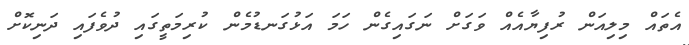
އެތައް މިލިއަން ރުފިޔާއެއް ވަގަށް ނަގައިގެން ހަމަ އަޅުގަނޑުމެން ކުރިމަތީގައި ދުވެފައި ދަނިކޮށް